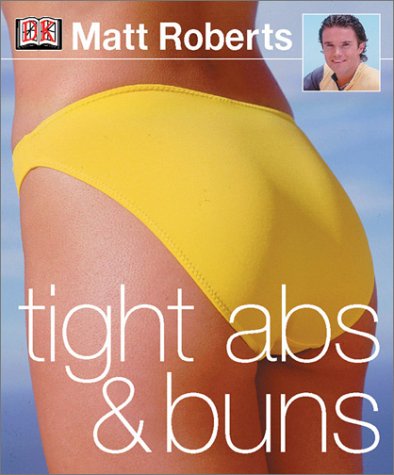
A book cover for Tight Abs & Buns; DK Publishing; Health, Fitness & Dieting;